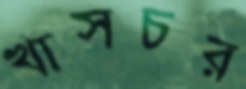
খাসচর